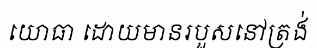
យោធា ដោយមានរបួសនៅត្រង់